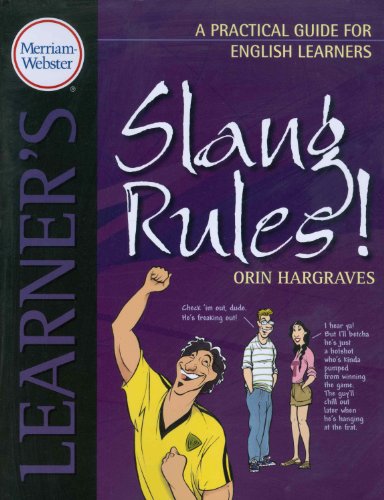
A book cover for Slang Rules!: A Practical Guide for English Learners (Practical Guides for English Learners); Orin Hargraves; Reference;